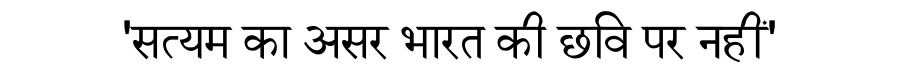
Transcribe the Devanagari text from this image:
'सत्यम का असर भारत की छवि पर नहीं'